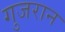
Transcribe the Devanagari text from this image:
गुजरान